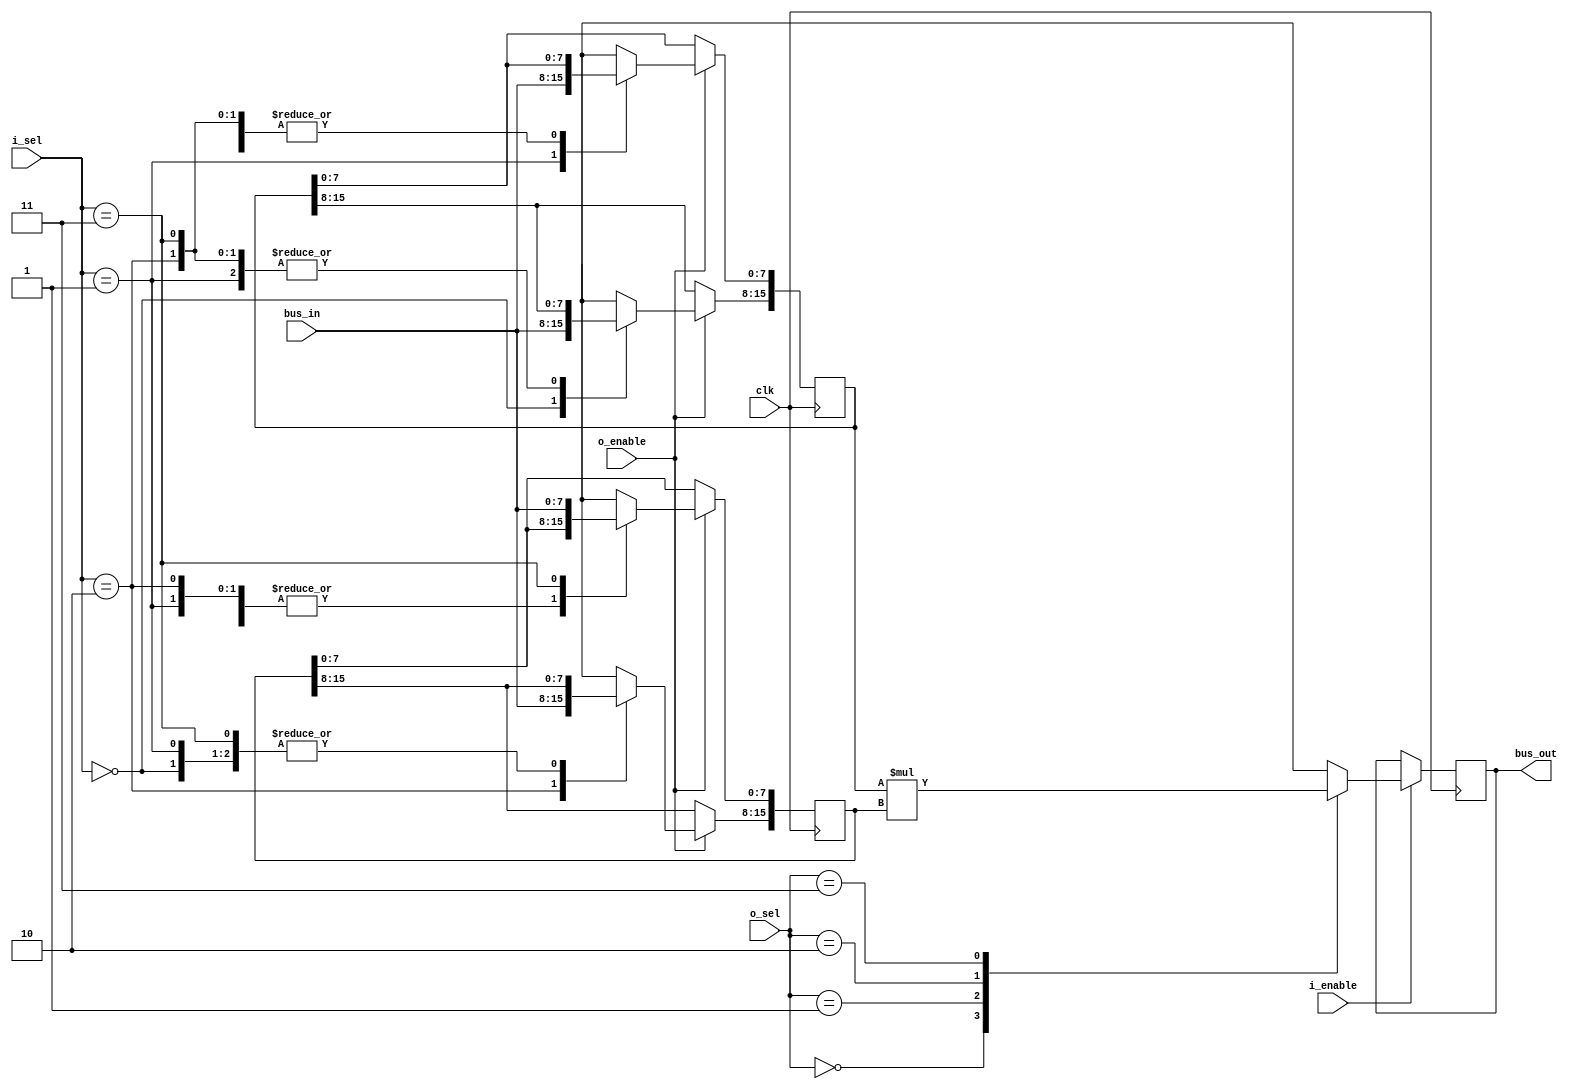
`timescale 1ns / 1ps
//////////////////////////////////////////////////////////////////////////////////
// Company: 
// Engineer: 
// 
// Design Name: 
// Module Name:    mul16 
// Project Name: 
// Target Devices: 
// Tool versions: 
// Description: 
//
// Dependencies: 
//
// Revision: 
// Revision 0.01 - File Created
// Additional Comments: 
//
//////////////////////////////////////////////////////////////////////////////////
module mul16(	clk,
					bus_in,
					i_sel,
					i_enable,
					bus_out,
					o_sel,
					o_enable
    );
	parameter	AH= 2'b00, AL=2'b01, BH= 2'b10, BL=2'b11;
	parameter	C1= 2'b00, C2=2'b01, C3= 2'b10, C4=2'b11;
	
	input					clk;
	input 				i_enable;
	input			[1:0]	i_sel;
	input			[7:0]	bus_in;
	input					o_enable;
	input			[1:0]	o_sel;
	
	output reg	[7:0]	bus_out = 8'd0;
	
	reg		[15:0]	a,b;
	reg		[31:0]	c;
	
	always @(posedge clk)begin
	if(o_enable)begin
		case (i_sel)
		AH:begin
		a[15:8] <= bus_in;
		a[7:0]  <= a[7:0];
		b[15:8] <= b[15:8];
		b[7:0]  <= b[7:0];
		end
		AL:begin
		a[15:8] <= a[15:8];
		a[7:0]  <= bus_in;
		b[15:8] <= b[15:8];
		b[7:0]  <= b[7:0];		
		end
		BH:begin
		a[15:8] <= a[15:8];
		a[7:0]  <= a[7:0];
		b[15:8] <= bus_in;
		b[7:0]  <= b[7:0];
		end
		BL:begin
		a[15:8] <= a[15:8];
		a[7:0]  <= a[7:0];
		b[15:8] <= b[15:8];
		b[7:0]  <= bus_in;		
		end
		default:begin
		a[15:8] <= a[15:8];
		a[7:0]  <= a[7:0];
		b[15:8] <= b[15:8];
		b[7:0]  <= b[7:0];
		end
		endcase
	end
	else begin
		a[15:8] <= a[15:8];
		a[7:0]  <= a[7:0];
		b[15:8] <= b[15:8];
		b[7:0]  <= b[7:0];
	end
	end
	
	always @(a,b)begin
		c= a*b;
	end
	
	always @(posedge clk)begin
	if (i_enable)
		case (o_sel)
		C1:	bus_out <= c[31:24];
		C2:	bus_out <= c[23:16];
		C3:	bus_out <= c[15:8];
		C4:	bus_out <= c[7:0];
		default:	bus_out <= 8'd0;
		endcase
	end
endmodule